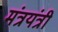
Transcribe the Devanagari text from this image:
मंत्रयंत्री